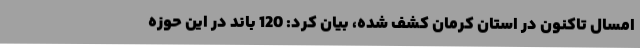
امسال تاکنون در استان کرمان کشف شده، بیان کرد: 120 باند در این حوزه